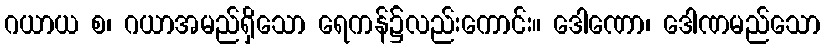
ဂယာယ စ၊ ဂယာအမည်ရှိသော ရေကန်၌လည်းကောင်း။ ဒေါဏော၊ ဒေါဏမည်သော